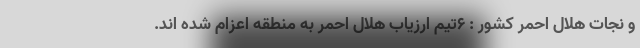
و نجات هلال احمر کشور : 6تیم ارزیاب هلال احمر به منطقه اعزام شده اند.